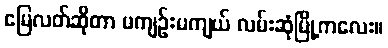
မြေလတ်ဆိုတာ မကျဉ်းမကျယ် လမ်းဆုံမြို့ကလေး။